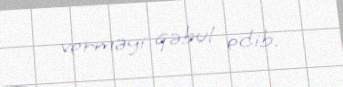
verməyi qəbul edib.